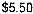
$5.50